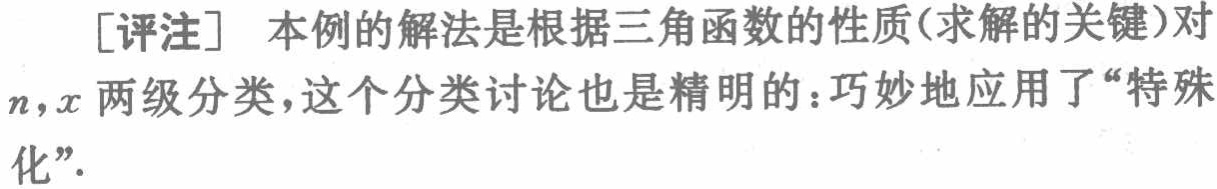
[评注] 本例的解法是根据三角函数的性质(求解的关键)对\(n,x\)两级分类，这个分类讨论也是精明的：巧妙地应用了“特殊化”.